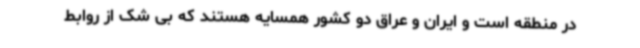
در منطقه است و ایران و عراق دو کشور همسایه هستند که بی شک از روابط